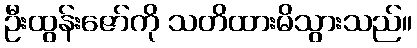
ဦးထွန်းဇော်ကို သတိထားမိသွားသည်။